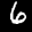
Label: 6